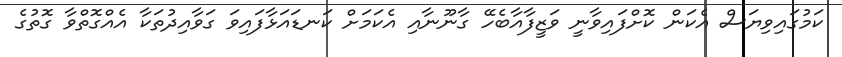
ކަމުގައިވިޔަސް އެކަން ކޮށްފައިވާނީ ވަޒީފާއާބެހޭ ގާނޫނާއި އެކަމަށް ކަނޑައަޅާފައިވަ ގަވާއިދުތަކާ އެއްގޮތްވާ ގޮތުގެ